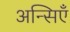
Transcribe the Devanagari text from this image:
अन्सिएँ